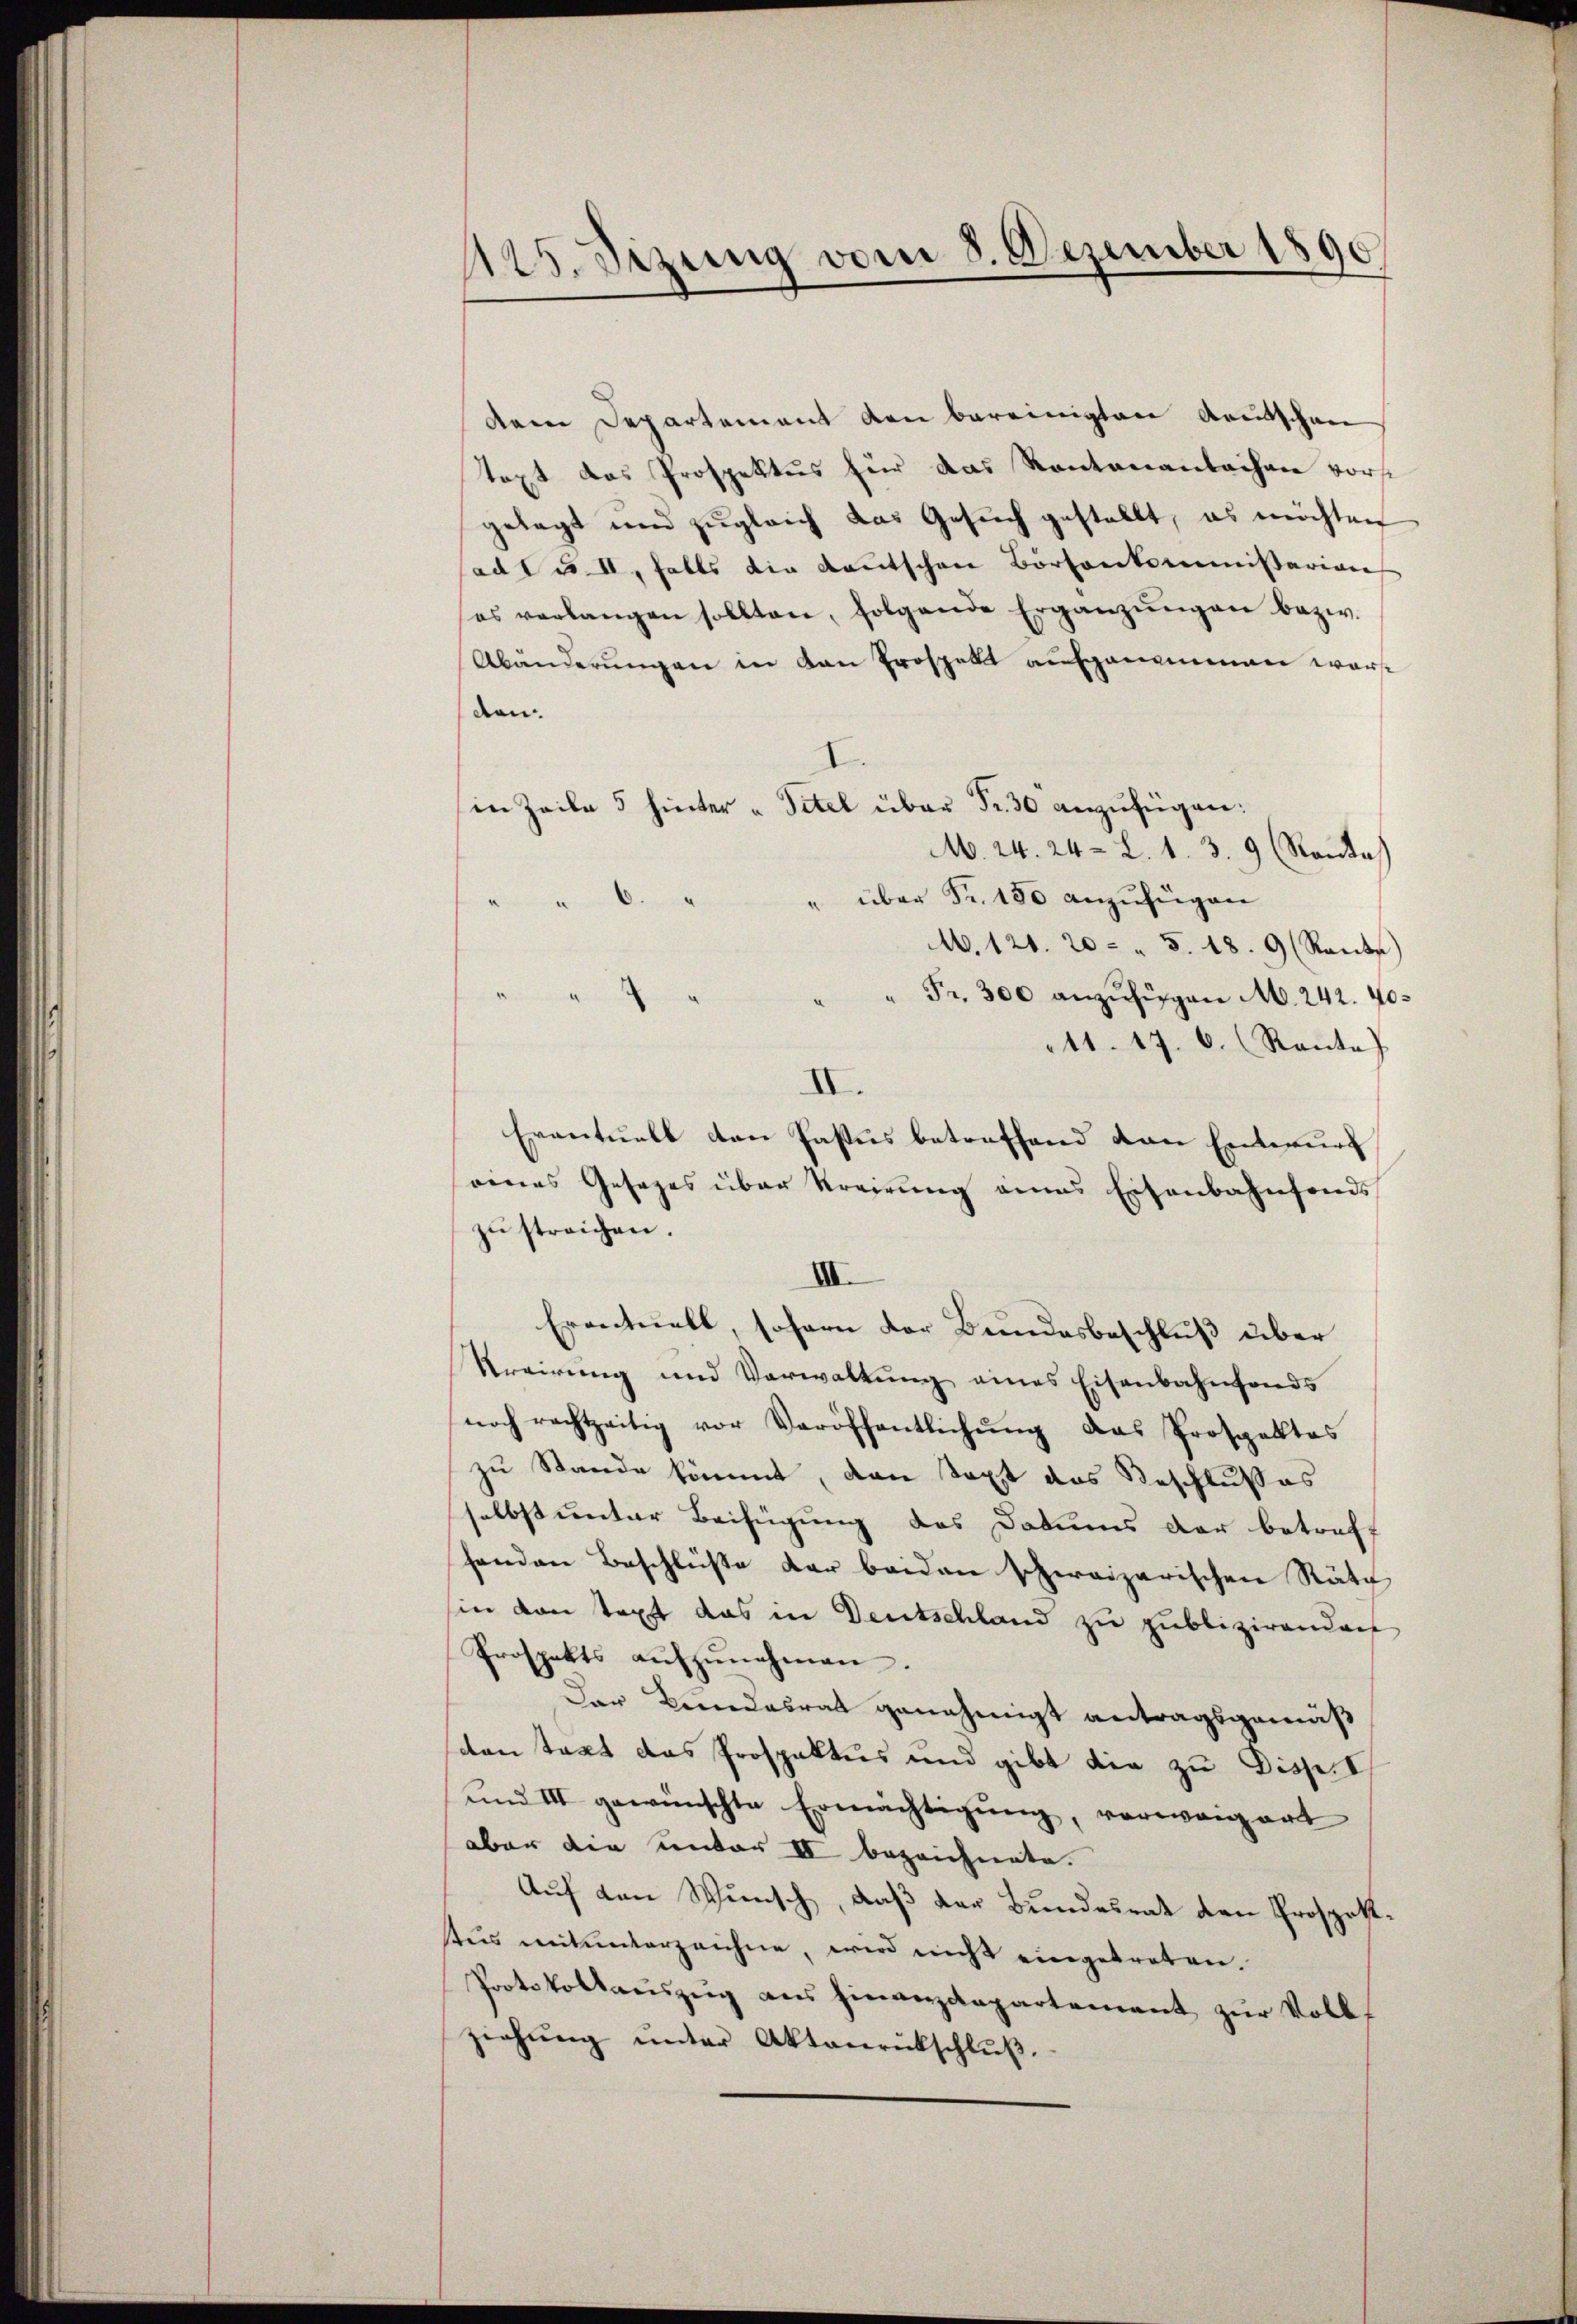
1125. Sizung vom 8. Dezember 1890

dem Departement den bereinigten Greitschen
text das Prospektus für das Kantonanlachen vorst
gelegt und zugleich das Gesŭch gestellt, es möchten
ad 1 u. II, falls die Kautschen Börsenkommissarian
es verlangen sollten, folgende Ergänzŭngen bezw.
Abänderŭngen in von Prospelt aufgenommen wart
dten.
(in Zeile 5 hinter u Titel über Fr. 30 anzufügen:
M. 24. 24. L. 1. 3. 9 (Rantas
" über Fr. 180 anzufügen
" 6.
MM.121. 20 " 5. 18. 9 (Rants
" Fr. 300 anzufügen M. 242. 40.
"
41. 17. 6. (Rante
II.
Eventuell den Pastus betreffend den Entwurf
renes Gesages über Kreisung eines Eisenbahnfonds
zŭ streichen.
III
Eventuell, sofern der Bundesbeschluß über
Krairung und Verwaltŭng eines Eisenbahnfonds
noch rechtzeitig vor Veröffentlichŭng das Prospektas
zu Stande kommt, den Text das Beschlußes
selbst unter Beifügung des Datums der betroff
henden Beschlüße der beiden schweizerischen Räte
sin von Text das in Deutschland zu publizirendach
Prospekts aŭfzŭnehmen.
Der Beredesrat genehmigt antragsgemäß
den trat das Prospaktus und gibt die zu Disp. I
und III gewünschte Ermächtigung, verwangart
aber die unter II bezeichnete.
Auf den Wunsch, daß der Bundesrat den Prospetttus mitunterzeichne, wird nicht eingetreten.
Protokollauszug aus Finanzdepartement zur Vollziehŭng ŭnter Aktenrückschlŭβ.